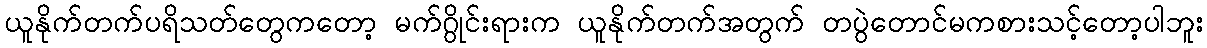
ယူနိုက်တက်ပရိသတ်တွေကတော့ မက်ဂွိုင်းရားက ယူနိုက်တက်အတွက် တပွဲတောင်မကစားသင့်တော့ပါဘူး